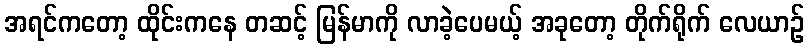
အရင်ကတော့ ထိုင်းကနေ တဆင့် မြန်မာကို လာခဲ့ပေမယ့် အခုတော့ တိုက်ရိုက် လေယာဉ်